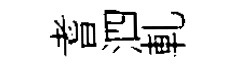
耆泗軋